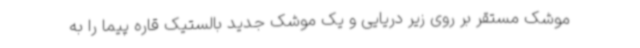
موشک مستقر بر روی زیر دریایی و یک موشک جدید بالستیک قاره پیما را به